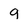
Character: g